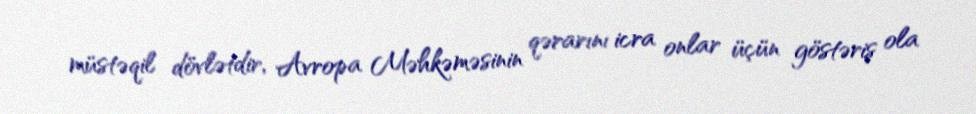
müstəqil dövlətdir, Avropa Məhkəməsinin qərarını icra onlar üçün göstəriş ola